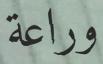
وراعة